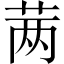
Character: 𬜯